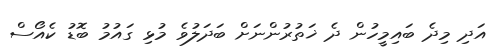
އަދި މިދެ ބައިމީހުން ދެ ޚަތުރުންނަށް ބަދަލުވެ މުޅި ގައުމު ބޮޑު ކެއޯސް